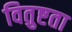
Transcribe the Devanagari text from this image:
वितुष्टता